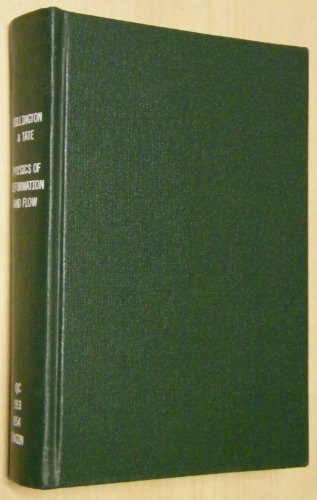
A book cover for Physics of Deformation and Flow: An Introduction; E. Billington; Science & Math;